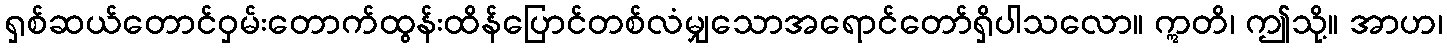
ရှစ်ဆယ်တောင်ဝှမ်းတောက်ထွန်းထိန်ပြောင်တစ်လံမျှသောအရောင်တော်ရှိပါသလော။ ဣတိ၊ ဤသို့။ အာဟ၊